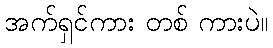
အက်ရှင်ကား တစ် ကားပဲ။